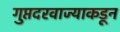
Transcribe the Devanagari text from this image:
गुप्तदरवाज्याकडून